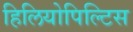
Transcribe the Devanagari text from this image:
हिलियोपिल्टिस